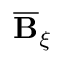
\overline { { \mathbf { B } } } _ { \xi }